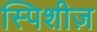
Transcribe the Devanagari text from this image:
स्पिशीज़